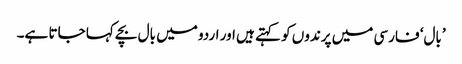
’بال‘ فارسی میں پرندوں کو کہتے ہیں اور اردو میں بال بچے کہا جاتا ہے۔